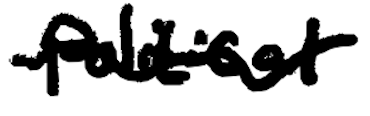
Text: political
Cross-out: wave
Writing tool: digital_black